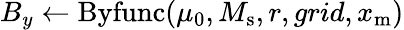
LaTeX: B_{y}\gets\mathrm{Byfunc}(\mu_{0},M_{\mathrm{s}},r,grid,x_{\mathrm{m}})